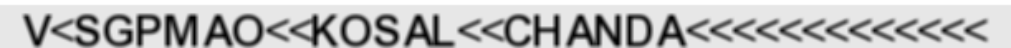
V<SGPMAO<<KOSAL<<CHANDA<<<<<<<<<<<<<